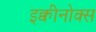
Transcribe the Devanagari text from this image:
इक्वीनोक्स